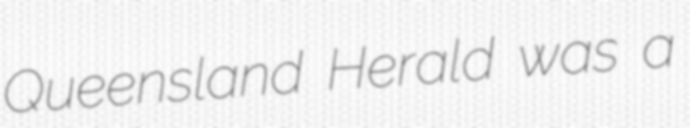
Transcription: Queensland Herald was a